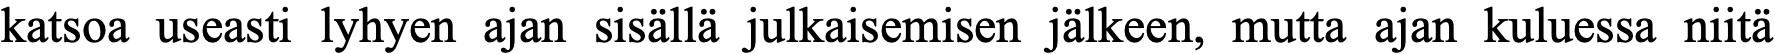
katsoa useasti lyhyen ajan sisällä julkaisemisen jälkeen, mutta ajan kuluessa niitä